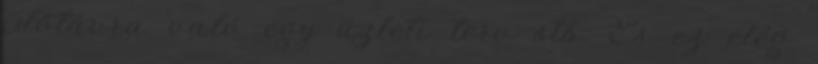
időtávra való egy üzleti terv stb. És ez elég